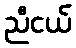
ညီငယ်